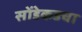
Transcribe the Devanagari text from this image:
सोंडेकडचा